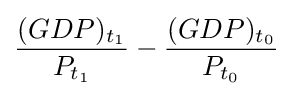
{\frac {(GDP)_{t_{1}}}{P_{t_{1}}}}-{\frac {(GDP)_{t_{0}}}{P_{t_{0}}}}